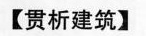
【贯析建筑】